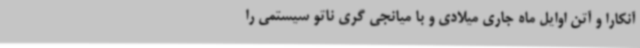
آنکارا و آتن اوایل ماه جاری میلادی و با میانجی گری ناتو سیستمی را